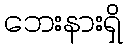
ဘေးနားရှိ